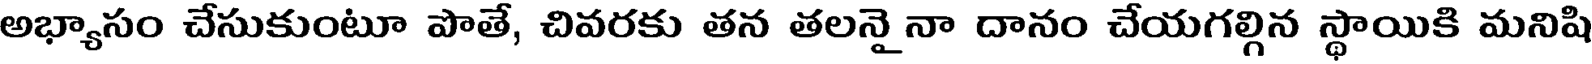
అభ్యాసం చేసుకుంటూ పొతే, చివరకు తన తలనై నా దానం చేయగల్గిన స్థాయికి మనిషి